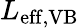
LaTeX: L_{\mathrm{eff,VB}}